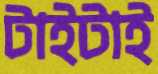
টাইটাই